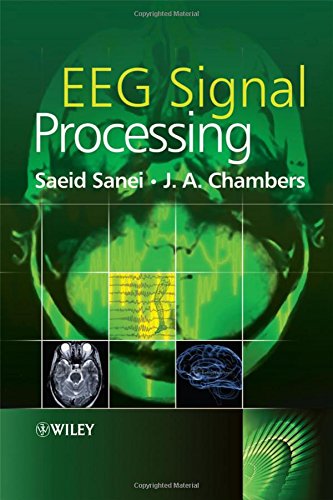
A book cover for EEG Signal Processing; Saeid Sanei; Science & Math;